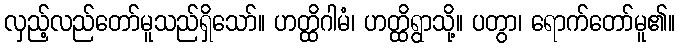
လှည့်လည်တော်မူသည်ရှိသော်။ ဟတ္ထိဂါမံ၊ ဟတ္ထိရွာသို့။ ပတွာ၊ ရောက်တော်မူ၏။